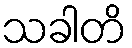
သခါတိ